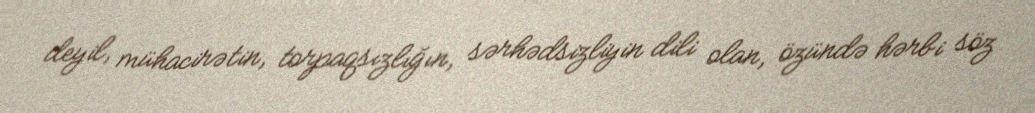
deyil, mühacirətin, torpaqsızlığın, sərhədsizliyin dili olan, özündə hərbi söz